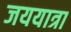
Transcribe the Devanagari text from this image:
जययात्रा